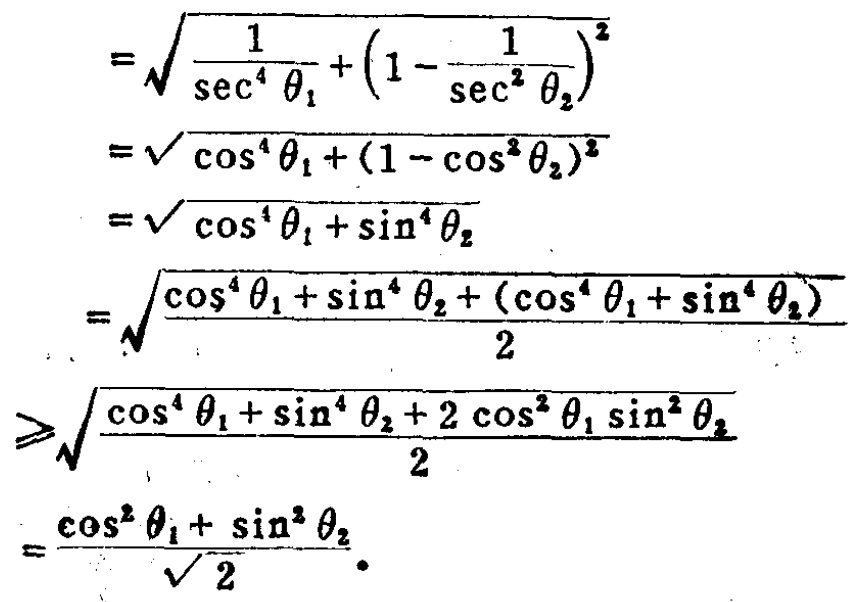
\[
\begin{align*}
&=\sqrt{\frac{1}{\sec^{4}\theta_{1}}+(1 - \frac{1}{\sec^{2}\theta_{2}})^{2}}\\
&=\sqrt{\cos^{4}\theta_{1}+(1 - \cos^{2}\theta_{2})^{2}}\\
&=\sqrt{\cos^{4}\theta_{1}+\sin^{4}\theta_{2}}\\
&=\sqrt{\frac{\cos^{4}\theta_{1}+\sin^{4}\theta_{2}+(\cos^{4}\theta_{1}+\sin^{4}\theta_{2})}{2}}\\
&\geqslant\sqrt{\frac{\cos^{4}\theta_{1}+\sin^{4}\theta_{2}+2\cos^{2}\theta_{1}\sin^{2}\theta_{2}}{2}}\\
&=\frac{\cos^{2}\theta_{1}+\sin^{2}\theta_{2}}{\sqrt{2}}.
\end{align*}
\]